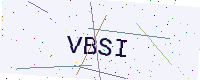
Text: VBSI